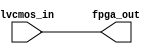
module lvcmos_buffer (
    input wire lvcmos_in,
    output wire fpga_out
);

assign fpga_out = lvcmos_in;

endmodule